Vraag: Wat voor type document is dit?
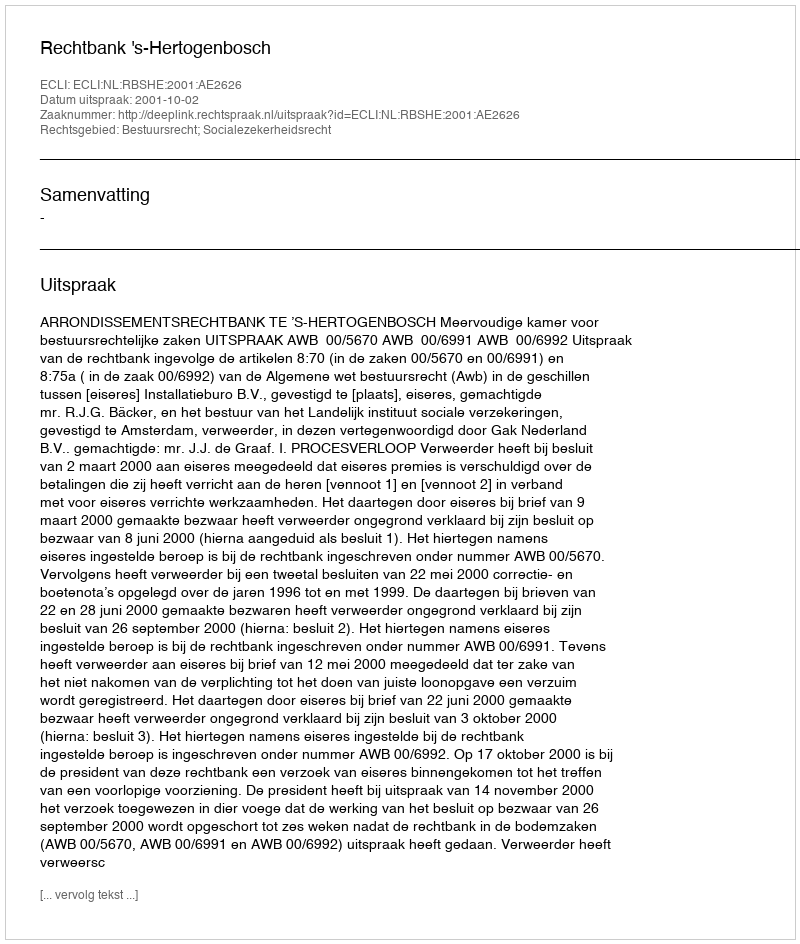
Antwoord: Uitspraak